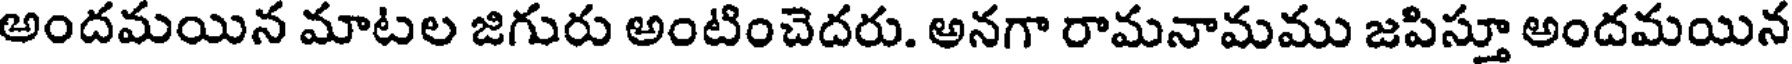
అందమయిన మాటల జిగురు అంటించెదరు. అనగా రామనామము జపిస్తూ అందమయిన